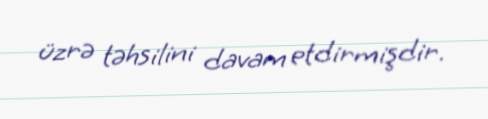
üzrə təhsilini davam etdirmişdir.